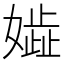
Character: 𡢋